Lunatic asylums in Bengal annual reports 1899-1911 - 1899-1911
Year: 1899
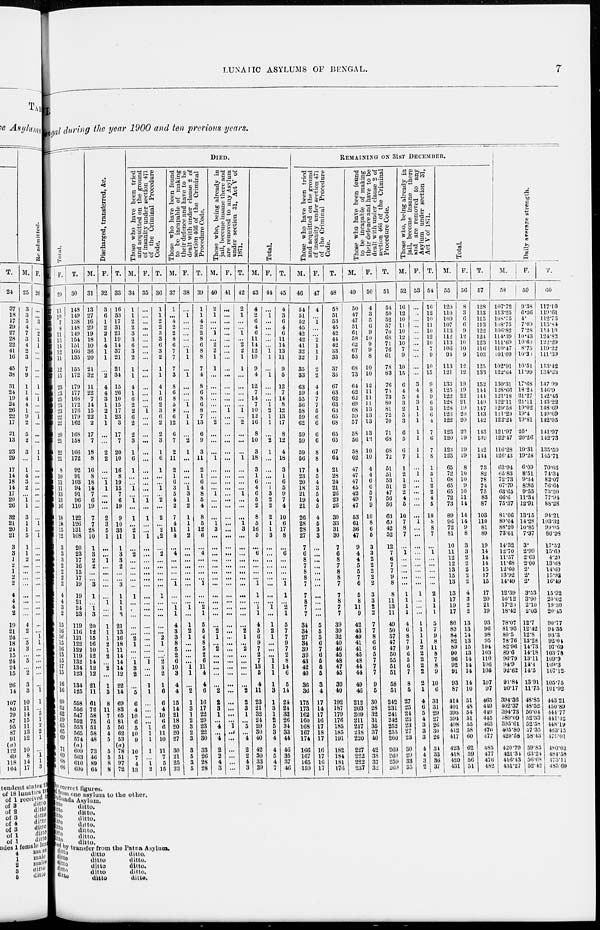
LUNATIC ASYLUMS OF
BENGAL.
7
gal during the year 1900 and ten previous years.
Total.
F.
29
11
10
7
8
11
13
14
12
11
12
15
23
23
25
23
23
22
22
20
21
22
21
8
10
11
11
13
13
16
18
18
15
12
3 3
3
2 2
2
2
4
4
3
2
15 16
16 15
16
15 15
17 15
16
16
60
62
62
59
65
65
69
71
69
68
66
T.
30
148
149
138
148
149
154
151
166
135
155
172
179
177
168
172
176
179
162
168
158
166
172
92
91
103
94
91
96
110
122
126
131
108
20
23
17
16
15
17
19
19
21
24
23
119
116
121
122
122
119
132
134
123
134
125
558
556
547
552
553
565
574
(a)
609
563
610
600
Discharged,
transferred, &c.
M.
31
13
27
16
29
19
18
10
36
20
21
32
11
22
7
14
15
22
2
17
7
18
8
16
8
18
14
7
6
19
7
7
28
10
1
3
2
2
...
...
3
1
...
1 3
20
12
15
16
10
12
14
12
12
21
11
61
72
58
75
51
58
48
73
46
89
64
F.
32
3
6
1
2
2
1
4
1
1
"2
4
4
3
1
2
1
1
...
...
2
2
...
...
1
1
...
...
...
2
3
5
1
...
...
1
...
...
...
...
...
1
...
...
1
1
1
2
1
2
...
2
...
1
3
8
11
7
6
5
4
5
5
5
8
8
T.
33
16
33
17
31
21
19
14
37
21
21
34
15
26
10
15
17
23
3
17
7
20
10
16
8
19
15
7
6
19
9
10
33
11
1
3
3
2
...
...
3
1
1
1
3
21
13
16
18
11
14
14
14
12
22
14
69
83
65
81
56
62
53
(a)
78
51
97
72
DIED.
Those who have been tried
and acquitted on the ground
of insanity under section 471
of the Criminal Procedure
Code.
M.
34
1
1
2
2
3
3
6
3
2
1
1
4
1
6
2
2
6
2
2
3
1
6
1
...
...
1
...
1
...
1
...
2
1
...
2
...
...
...
...
...
1
...
...
...
...
...
2
1
...
...
1
3
2
...
5
6
4
10
6
5
10
9
10
7
4
13
F.
35
...
...
...
...
...
...
...
...
...
...
...
...
...
...
...
1
...
...
...
...
...
...
...
...
...
...
...
1
...
1
...
...
1
...
...
...
...
...
...
...
...
...
...
...
...
...
...
...
...
...
1
...
...
1
1
...
...
...
...
1
1
1
1
...
1 2
T.
36
1
1
2
2
3
3
6
3
2
1
1
4
1
6
2
3
6
2
2
3
1
6
1
...
...
1
...
2
...
2
...
2
2
...
2
...
...
...
...
...
1
...
...
...
...
...
2
1
...
...
2
3
2
1
6
6
4
10
6
6
11
10
11
7
5
15
Those who have been found
to be incapable of making
their defence and have to be
dealt with under clause 2 of
section 466 of the Criminal
Procedure Code.
M.
37
1
...
4
2
2
8
6
7
7
7
3
8
6
8
5
8
6
12
6
7
2
11
2
1
6
3
5
4
2
7
4
11
4
...
4
...
...
...
...
1
...
...
1
1
4
3
3
8
5
2
6
10
3
4
4
15
14
21
18
20
20
27
30
21
25
23
F.
38
...
1 ...
...
...
...
...
1
1
...
1
...
...
...
1
...
1
1
...
2
1
...
...
...
...
1
3
1
2
1
1
1
2
...
...
...
...
...
...
...
...
...
1
...
1
2
1
...
...
...
...
1
1
...
2
1
3
1
2
3
2
3
3
5
3
5
T.
39
1
1
4
2
2
8
6
8
8
7
4
8
6
8
6
8
7
13
6
9
3
11
2
1
6
4
8
5
4
8
5
12
6
...
4
...
...
...
...
1
...
...
2
1
5
5
4
8
5
2
6
11
4
4
6
16
17
22
20
23
22
30
33
26
28
28
Those who, being already in
jail, become insane there and
are removed to any Asylum
under section 31, Act V of
1871.
M.
40
2
1
...
...
1
...
2
2
1
1
...
...
...
...
...
...
...
2
...
...
...
1
...
...
...
...
1
...
...
...
1
3
...
...
...
...
...
...
...
...
...
...
...
...
...
2
1
...
2
...
...
...
...
...
2
2
3
1
...
4
...
4
2
2
4
3
F.
41
...
...
...
...
...
...
...
...
...
...
...
...
...
...
...
1
...
...
...
...
...
...
...
...
...
...
...
...
...
...
...
...
...
...
...
...
...
...
...
...
...
...
...
...
...
...
...
...
...
...
...
...
...
...
...
...
...
...
...
1
...
...
...
...
...
...
T.
42
2
1
...
...
1
...
2
2
1
1
...
...
...
...
...
1
...
2
...
...
...
1
...
...
...
...
1
...
...
...
1
3
...
...
...
...
...
...
...
...
...
...
...
...
...
2
1
...
2
...
...
...
...
...
2
2
3
1
...
5
...
4
2
2
4
3
Total.
M.
43
4
2
6
4
6
11
14
12
10
9
4
12
7
14
7
10
12
16
8
10
3
18
3
1
6
4
6
5
2
8
5
16
5
...
6
...
...
...
...
1
1
...
1
1
4
5
6
9
7
2
7
13
6
4
11
23
21
32
24
29
30
40
42
30
33
39
F.
44
...
1
...
...
...
...
...
1
1
...
1
...
...
...
1 2
1
1
...
2
1
...
...
...
...
1
3
2
2
2
1
1
3
...
...
...
...
...
...
...
...
...
1
...
1
2
1
...
...
...
1
1
1
1
3
1
3
1
2
5
3
4
4
5
4
7
T.
45
4
3
6
4
6
11
14
13
11
9
5
12
7
14
8
12
13
17
8
12
4
18
3
1
6
5
9
7
4
10
6
17
8
...
6
...
...
...
...
1
1
...
2
1
5
7
7
9
7
2
8
14
6
5
14
24
24
33
26
34
33
44
46
35
37
46
REMAINING
ON
31ST
DECEMBER
Those who have been tried
and acquitted on the ground
of insanity under section 471
of the Criminal Procedure
Code.
M.
46
54
51
52
45
42
42
41
32
32
35
33
63
59
55
56
58
59
62
59
59
59
56
17
23
20
18
21
19
21
26
28
28
27
7
6
8
7
8
8
7
7
8
7
7
34
34
27
34
39
39
43
42
40
36
36
175
173
162
160
168
167
174
166
167
165
159
F.
47
4
...
1
...
...
2
1
1
1
2
2
4
4
7
7
5
6
6
6
6
8
8
4
5
4
3
5
4
5
4
5
3
3
...
...
...
...
...
...
...
...
...
...
...
5
5
5
6
7
6
5
5
5
3
4
17
14
17
16
17
18
17
16
17
16
17
T.
48
58
51
53
45
42
44
42
33
33
37
35
67
63
62
63
63
65
68
65
65
67
64
21
28
24
21
26
23
26
30
33
31
30
7
6
8
7
8
8
7
7
8
7
7
39
39
32
40
46
45
48
47
45
39
40
192
187
179
176
185
185
191
182
184
181
176
Those who have been found
to be incapable of making
their defence and have to be
dealt with under clause 2 of
section 466 of the Criminal
Procedure Code.
M.
49
50
47
47
51
61
58
62
67
53
68
73
64
62
62
69
68
59
57
58
56
58
62
47
47
47
45
42
49
47
53
61
36
47
9
4
4
5
5
7
6
5
8
11
9
42
43
49
41
41
45
48
44
44
49
46
212
203
209
211
217
218
220
227
222
222
237
F.
50
4
3
5
6
9
10
9
9
8
10
10
12
11
11
11
13
13
13
13
12
10
10
4
4
6
6
5
7
9
10
8
6
5
3
3
2
2
2
2
2
3
3
2
2
7
7
8
6
6
5
7
7
7
9
5
30
28
32
31
35
37
40
42
38
37
32
T.
51
54
50
52
57
70
68
71
76
61
78
83
76
73
73
80
81
72
70
71
68
68
72
51
51
53
51
47
56
56
63
69
42
52
12
7
6
7
7
9
8
8
11
13
11
49
50
57
47
47
50
55
51
51
58
51
242
231
241
242
252
255
260
269
260
259
269
Those who, being already in
jail, become insane there
and are removed to any
Asylum under section 31,
Act V of 1871.
M.
52
16
12
10
11
10
12
10
7
9
10
15
6
4
5
3
2
5
3
6
5
6
7
1
2
1
2
2
4
5
10
7
8
7
...
1
...
...
...
...
...
1
1
1
1
4
6
8
7
9
6
5
6
7
8
5
27
25
24
23
23
27
23
30
29
33
35
F.
53
...
...
...
...
...
...
...
...
...
...
...
3
4
4
3
1
1
1
1
1
1
1
...
1
...
...
...
...
...
...
1
...
...
...
...
...
...
...
...
...
1
...
...
...
1
1
1
1
2
2
2
2
2
2
1
4
6
5
4
3
3
3
4
4
3
2
T.
54
16
12
10
11
10
12
10
7
9
10
15
9
8
9
6
3
6
4
7
6
7
8
1
3
1
2
2
4
5
10
8
8
7
...
1 ...
...
...
...
...
2
1
1
1
5
7
9
8
11
8
7
8
9
10
6
31
31
29
27
26
30
26
34
33
36
37
Total.
M.
55
120
110
109
107
113
112
113
106
94
113
121
133
125
122
128
128
123
122
123
120
123
125
65
72
68
65
65
72
73
89
96
72
81
16
11
12
12
13
15
13
13
17
19
17
80
83
84
82
89
90
96
92
91
93
87
414
401
395
394
408
412
417
423
418
420
431
F.
56
8
3
6
6
9
12
10
10
9
12
12
19
19
22
21
19
20
20
20
19
19
19
8
10
10
9
10
11
14
14
14
9
8
3
3
2
2
2
2
2
4
3
2
2
13
13
14
13
15
13
14
14
14
14
10
51
48
54
51
55
58
60
62
59
56
51
T.
57
128
113
115
113
122
124
123
116
103
125
133
152
144
144
149
147
143
142
143
139
142
144
73
82
78
74
75
83
87
103
110
81
89
19
14
14
14
15
17
15
17
20
21
19
93
96
98
95
104
103
110
106
105
107
97
465
449
449
445
463
470
177
485
477
476
482
Daily a v e r a g e strength.
M.
58
107.72
113.25
108.75
108.75
106.82
114.39
111.69
110.47
101.09
102.91
122.64
130.31
128.66
121.18
122.11
129.58
121.29
122.24
121.97
122.47
116.28
126.43
63.94
65.83
72.73
67.79
63.65
66.6
75.37
81.06
89.04
88.20
73.61
14.32
12.70
11.57
11.68
12.60
13.92
14.49
12.39
16.12
17.20
18.42
78.07
81.93
80.5
78.76
82.96
89.6
96.79
94.9
92.62
91.84
90.17
394.36
402.37
394.73
389.09
395.61
405.80
420.58
420.79
421.34
416.43
431.27
F.
59
9.38
6.36
4.
7.09
7.28
10.43
10.60
8.75
10.30
10.51
11.99
17.68
18.24
21.27
21.11
19.02
19.4
19.81
20.
20.26
19.31
19.28
6.09
8.51
9.34
8.85
9.55
11.34
12.91
13.15
14.28
10.85
7.37
3.
2.99
2.63
2.00
2.
2.
2.
3.53
3.90
2.10
2.03
12.7
12.42
12.8
13.28
14.73
14.18
13.11
14.4
14.5
13.91
11.75
48.85
48.52
50.04
52.33
52 .58
37.35
58.43
59.83
63.24
1 56.68
52.42
T.
60
117.10
119.61
112.75
115.84
114.10
124.82
122.29
119.22
111.39
113.42
134.63
147.99
146.9
142.45
143.22
148.69
140.69
142.05
141.97
142.73
135.59
145.71
70.03
74.34
82.07
76.64
73.20
77.94
88.28
94.21
103.32
99.05
80.98
17.32
15.60
4.20
13.68
14.60
15.92
16.49
15.92
20.02
19.30
20.45
90.77
94.35
93.3
92.04
97.69
103.78
109.9
109.3
107.12.
105.75
101.92
443.21
450.89
444.77
441.42
448.19
463.13
479.01
480.62
484.58
473.11
483.69
he correct figures.
from one asylum to the other.
Dullunda
Asylum.
ditto.
ditto.
ditto.
ditto.
ditto.
ditto.
ditto.
ditto.
ditto.
ditto.
ditto.
ditto.
ditto.
ditto.
by transfer from the Patna Asylum.
ditto ditto
ditto.
ditto.
ditto
ditto
ditto.
ditto
ditto.
ditto
ditto.
ditto
ditto.
ditto
ditto.